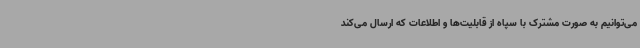
می‌توانیم به صورت مشترک با سپاه از قابلیت‌ها و اطلاعات که ارسال می‌کند